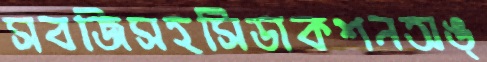
সবজিসহসিডাকশনঅঙ্